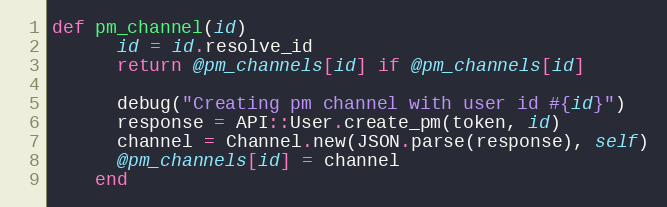
Language: Ruby
def pm_channel(id)
      id = id.resolve_id
      return @pm_channels[id] if @pm_channels[id]

      debug("Creating pm channel with user id #{id}")
      response = API::User.create_pm(token, id)
      channel = Channel.new(JSON.parse(response), self)
      @pm_channels[id] = channel
    end